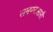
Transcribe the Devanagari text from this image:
समपरासारी